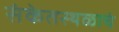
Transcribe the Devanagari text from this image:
संकेतस्थळाचं